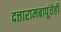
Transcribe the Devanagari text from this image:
दत्तारामबापूंचेही